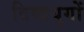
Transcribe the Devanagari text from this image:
दिव्ययुगों